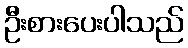
ဦးစားပေးပါသည်